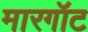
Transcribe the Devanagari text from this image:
मारगॉट